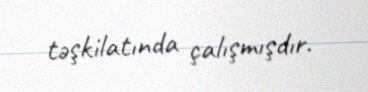
təşkilatında çalışmışdır.